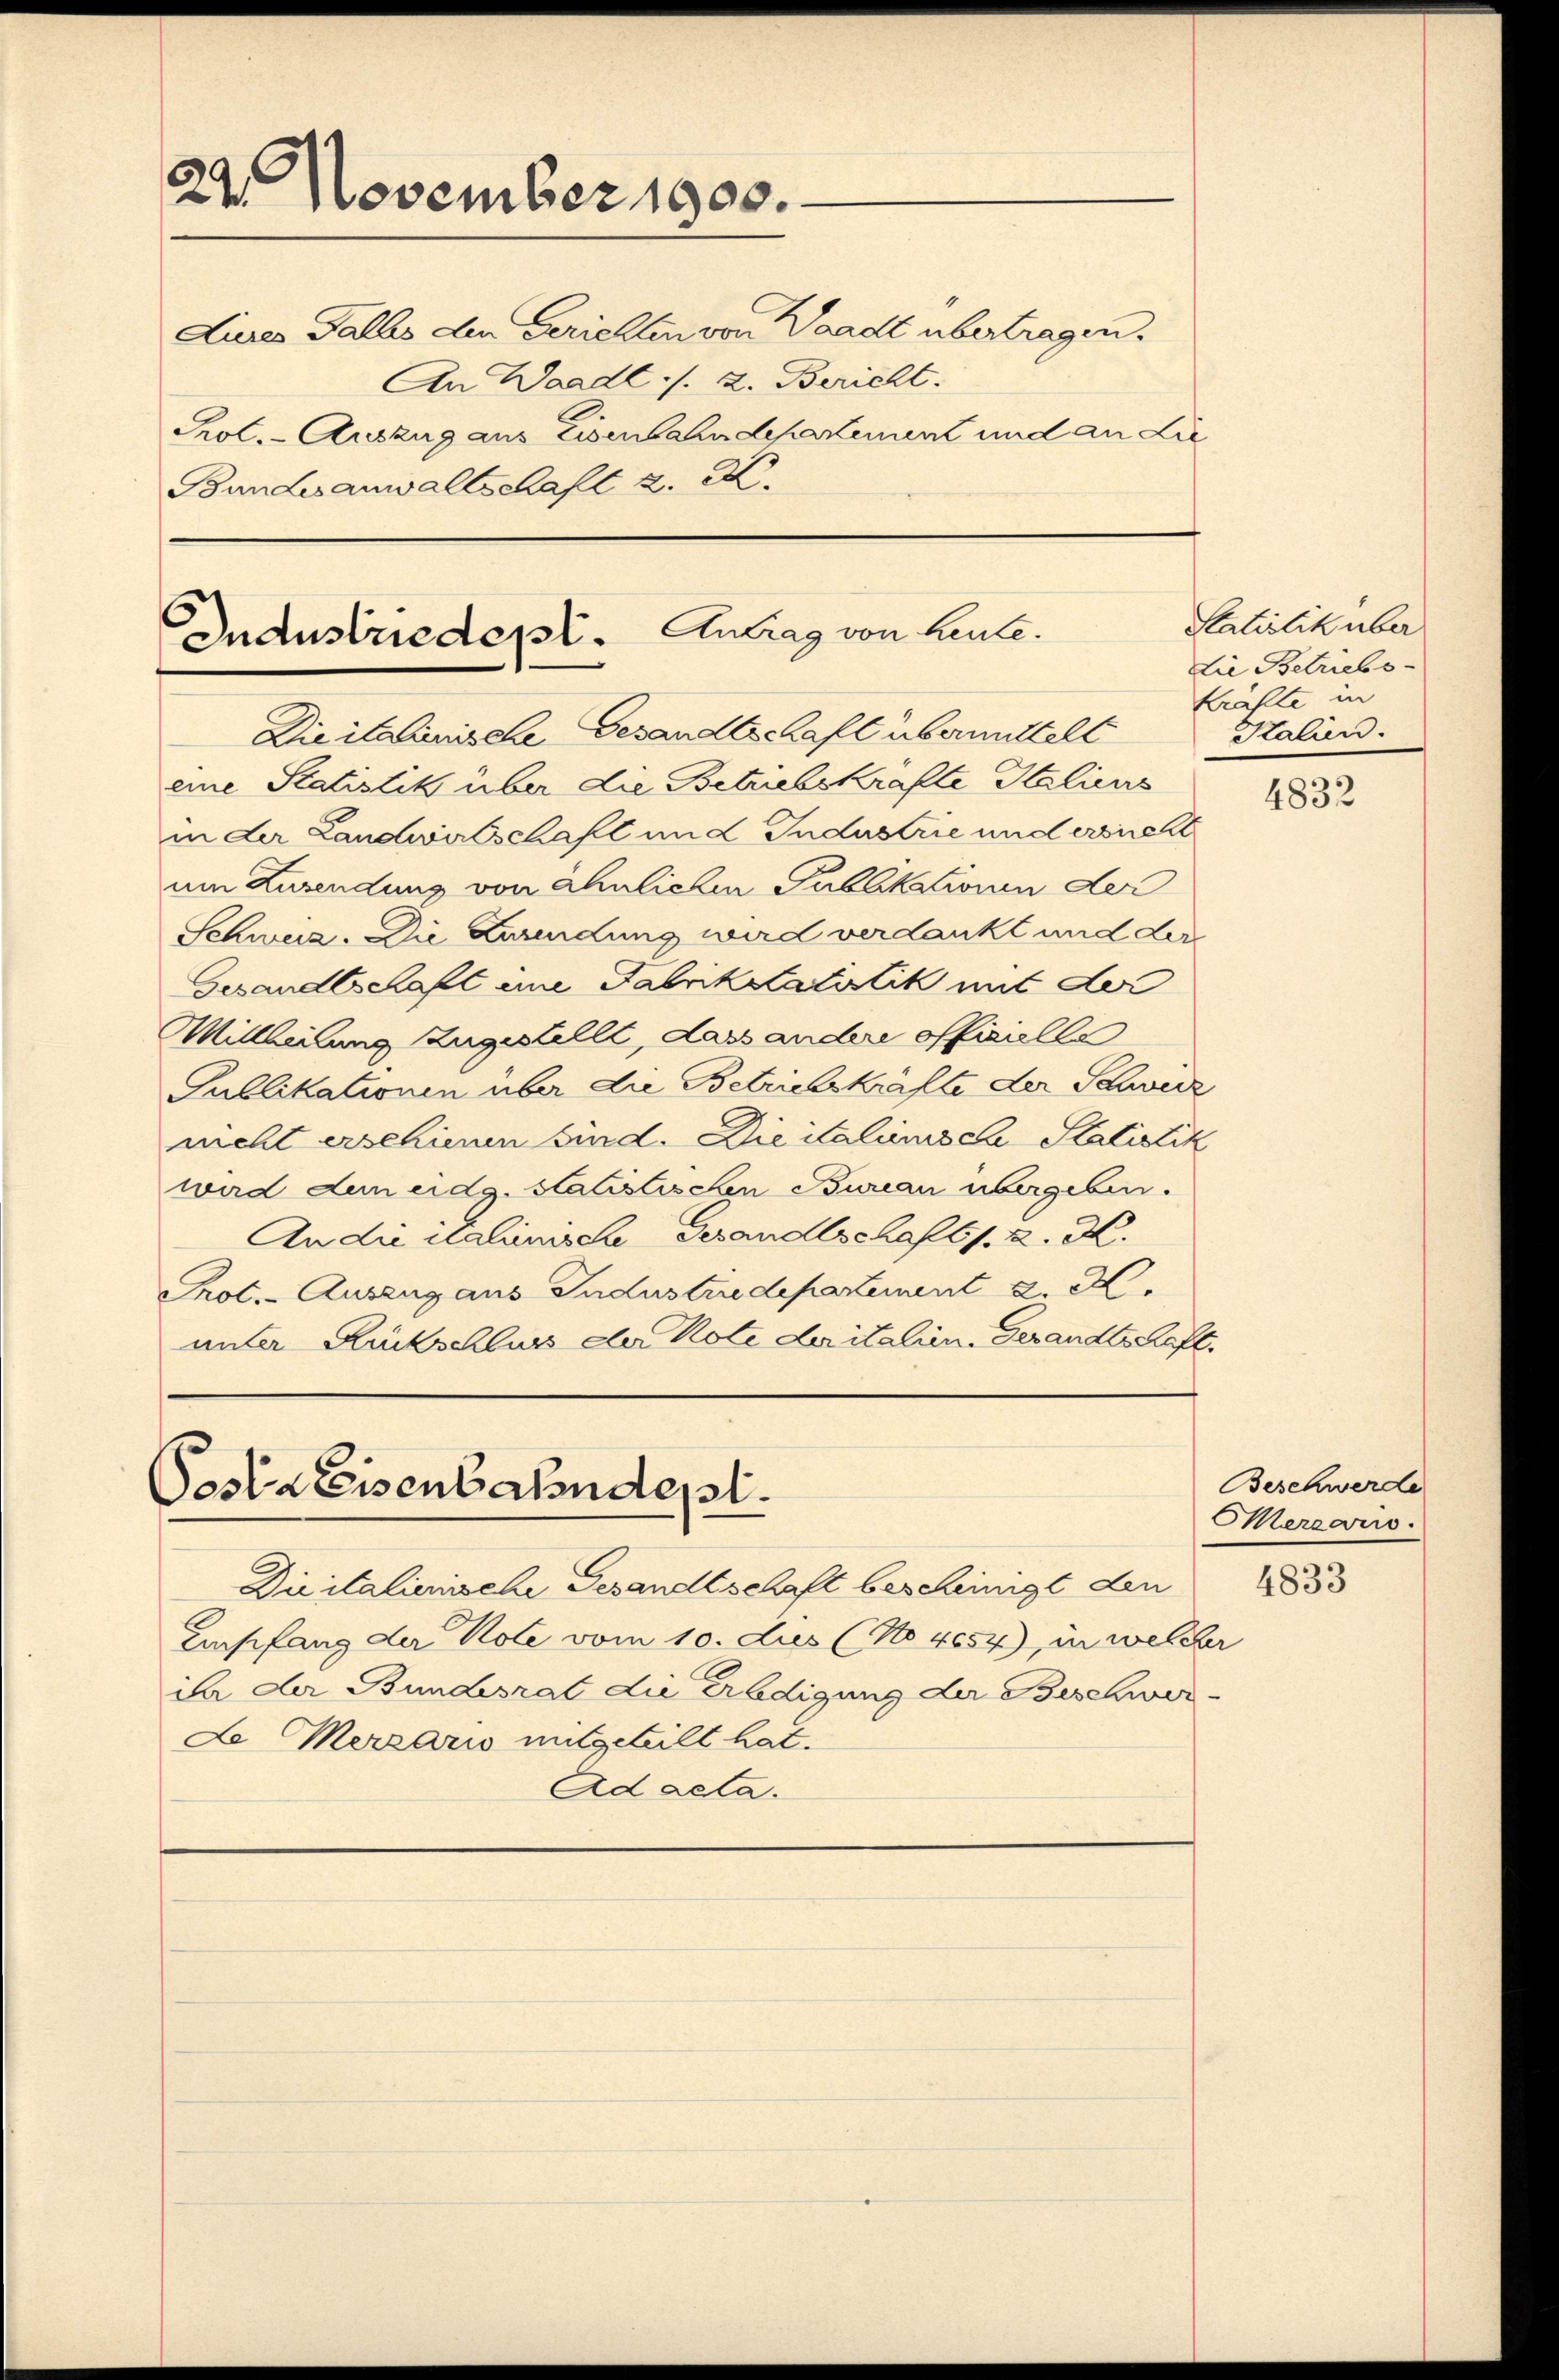
22. November 1900.
Lures Falls den Gerichten von Waadt übertragen.
An Waadt ./. 2. Bericht.

Industriedept. Antrag von heute.

Pesta Eisenbahndept.

Pol. - Auszug aus Eisenbahndepartement und an Lie
Bundesanwaltschaft 2. X.

Die italanische Gesandtschaft übermittelt
eine Statistik über die Betriebskräfte Staliens
in der Landwirtschaft und Industrie und ersucht
um Zusendung von Ähnlichen Publikationen der
Schweiz. Die Zuwendung wird verdankt und der
Gesandtschaft eine Fabrikalistik mit der
Mittheilung zugestellt, dass andere officielle
Publikationen über die Betriebskrafte der Schwerz
nicht erschienen sind. Die italienische Statistik
wird dem eidg. Statistischen Bureau übergeben.
An die dahinische Gesandtschaft s. z. K.
Prot. - Auszug aus Industriedepartement 2. M
unter Rückschluss der Note daritalien. Gesandtschaft

Statistik über
lie Betriebs-
kräfte in
Salien.

2

Dicitalienische Gesandtschaft bescheinigt den
Empfang der Note vom 10. dus (No 4054), in welcher
da der Bundesrat die Erledigung der Beschwer¬
L Merzario mitgeteilt hat.
Ad acta.

4832

Beschwerde
Mercario.

4833